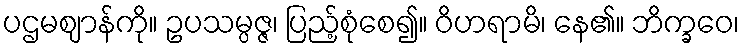
ပဌမဈာန်ကို။ ဥပသမ္ပဇ္ဇ၊ ပြည့်စုံစေ၍။ ဝိဟရာမိ၊ နေ၏။ ဘိက္ခဝေ၊